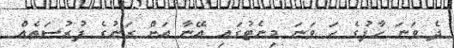
ދެ ވަނަ ހާފުގެ ހަ ވަނަ މިނެޓުގައި އޭނާ އަށް ރަނުގެ ފުރުސަތެއް